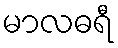
မာလဓရီ